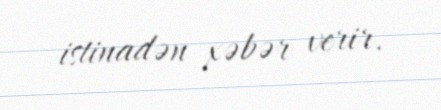
istinadən xəbər verir.